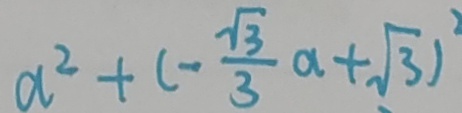
a ^ { 2 } + ( - \frac { \sqrt { 3 } } { 3 } a + \sqrt { 3 } ) ^ { 2 }